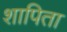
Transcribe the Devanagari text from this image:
शापिता